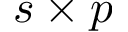
s \times p